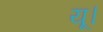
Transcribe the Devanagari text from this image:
यू।